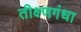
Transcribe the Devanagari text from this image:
तीक्ष्णगंधा